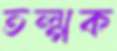
তল্পক